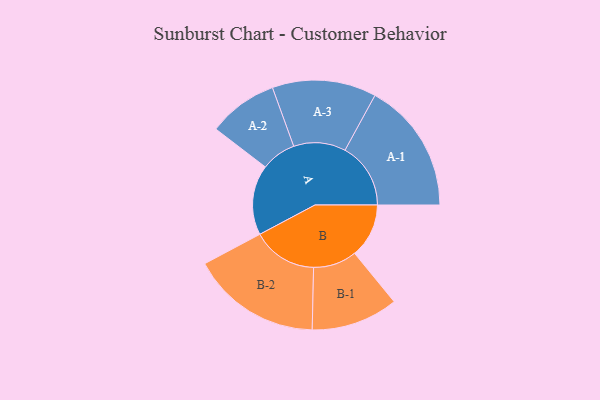
{"axis": {"x": "Segment", "y": "Value"}, "legend": ["", "A", "B"], "data": [{"x": "A", "y": 319, "type": ""}, {"x": "B", "y": 247, "type": ""}, {"x": "A-1", "y": 299, "type": "A"}, {"x": "A-2", "y": 159, "type": "A"}, {"x": "A-3", "y": 237, "type": "A"}, {"x": "B-1", "y": 198, "type": "B"}, {"x": "B-2", "y": 296, "type": "B"}]}